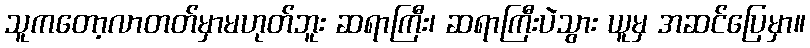
သူကတော့လာတတ်မှာမဟုတ်ဘူး ဆရာကြီး၊ ဆရာကြီးပဲသွား ယူမှ အဆင်ပြေမှာ။